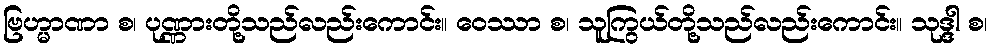
ဗြဟ္မာဏာ စ၊ ပုဏ္ဏားတို့သည်လည်းကောင်း။ ဝေဿာ စ၊ သူကြွယ်တို့သည်လည်းကောင်း။ သုဒ္ဒါ စ၊